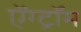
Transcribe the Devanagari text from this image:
ऐंग्ट्रॉम